Rangoon Lunatic Asylum 1893-1897 - 1893-1897
Year: 1893
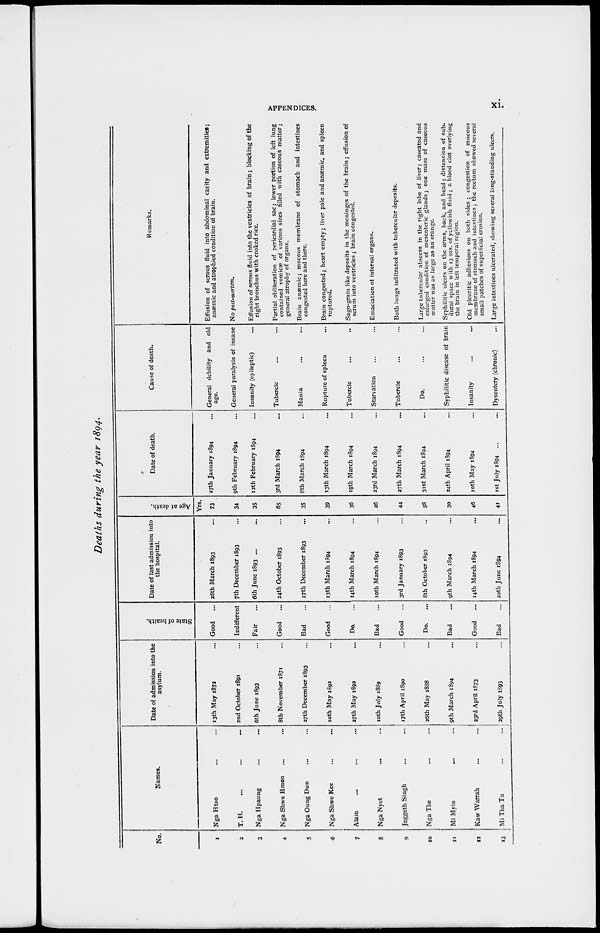
APPENDICES.
xi.
Deaths during the year 1894.
No.
1
2
3
4
5
6
7
8
9
10
11
12
13
Names.
Nga Htoo ... ...
T. H. ... ... ...
Nga Hpaung ... ...
Nga Shwe Hmon ... ...
Nga Oung Dun ... ...
Nga Shwe Kee ... ...
Alain ... ... ...
Nga Nyet
... ...
Jaggeth Singh ... ...
Nga The ... ...
Mi Myin ... ...
Kaw Warrah ... ...
Mi Tha Tu
...
...
Date of admission into the
asylum.
13th May 1872 ...
2nd October 1891 ...
6th June 1893 ...
8th November 1871 ...
27th December 1893 ...
10th May 1892 ...
27th May 1892 ...
10th July 1889 ...
17th April 1890 ...
26th May 1888 ...
9th March 1894 ...
23rd April 1873 ...
29th July 1893 ...
State of health.
Good ...
Indifferent
Fair ...
Good ...
Bad ...
Good ...
Do. ...
Bad ...
Good ...
Do. ...
Bad ...
Good ...
Bad ...
Date of last admission into
the hospital.
26th March 1893 ...
7th December 1893 ...
6th June 1893 ...
24th October 1893 ...
27th December 1893 ...
13th March 1894 ...
14th March 1894 ...
10th March 1894 ...
3rd January 1893 ...
8th October 1893 ...
9th March 1894 ...
14th March 1894 ...
20th June 1894
...
Age at death.
Yrs.
73
34
35
65
35
39
36
26
44
58
30
46
41
Date of death.
27th January 1894 ...
9th February 1894 ...
12th February 1894 ...
3rd March 1894 ...
8th March 1894 ...
13th March 1894 ...
19th March 1894 ...
23rd March 1894 ...
27th March 1894 ...
31st March 1894 ...
24th April 1894 ...
10th May 1894 ...
1st July 1894 ... ...
Cause of death.
General debility and old
age.
General paralysis of insane
Insanity (epileptic) ...
Tubercle ... ...
Mania ... ...
Rupture of spleen ...
Tubercle ... ...
Starvation ... ...
Tubercle ... ...
Do. ... ...
Syphilitic disease of brain
Insanity ... ...
Dysentery (chronic) ...
Remarks.
Effusion of serous fluid into abdominal cavity and extremities;
anæmic and atrophied condition of brain.
No post-mortem.
Effusion of serous fluid into the ventricles of brain; blocking of the
right bronchus with cooked rice.
Partial obliteration of pericardial sac; lower portion of left lung
contained vomicae of various sizes filled with caseous matter;
general atrophy of organs.
Brain anaemic; mucous membrane of stomach and intestines
congested here and there.
Brain congested; heart empty; liver pale and anaemic, and spleen
ruptured.
Sago-grain like deposits in the meninges of the brain; effusion of
serum into ventricles ; brain congested.
Emaciation of internal organs.
Both lungs infiltrated with tubercular deposits.
Large tubercular abscess in the right lobe of liver; caseated and
enlarged condition of mesenteric glands; one mass of caseous
matter was as large as an orange.
Syphilitic ulcers on the arms, back, and head; distension of sub-
dural space with 13 ozs. of yellowish fluid; a blood clot overlying
the brain in left temporal region.
Old pleuritic adhesions on both sides ; congestion of mucous
membrane of stomach and intestines ; the rectum showed several
small patches of superficial erosion.
Large intestines ulcerated, showing several long-standing ulcers.